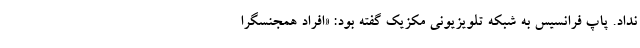
نداد. پاپ فرانسیس به شبکه تلویزیونی مکزیک گفته بود: «افراد همجنسگرا